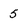
Character: 5